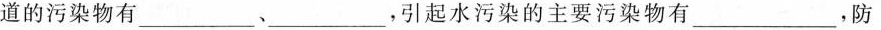
道的污染物有_______、____，引起水污染的主要污染物有__，防